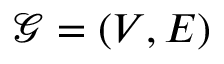
\mathcal { G } = ( V , E )